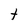
Character: t